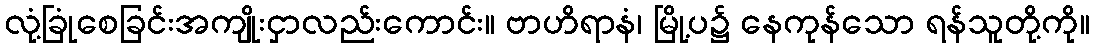
လုံ့ခြုံစေခြင်းအကျိုးငှာလည်းကောင်း။ ဗာဟိရာနံ၊ မြို့ပ၌ နေကုန်သော ရန်သူတို့ကို။